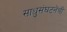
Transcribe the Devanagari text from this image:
साधुसंघटनेची